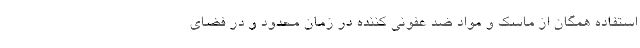
استفاده همگان از ماسک و مواد ضد عفونی کننده در زمان محدود و در فضای